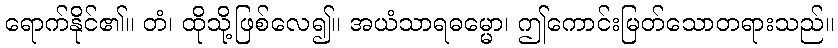
ရောက်နိုင်၏။ တံ၊ ထိုသို့ဖြစ်လေ၍။ အယံသာရဓမ္မော၊ ဤကောင်းမြတ်သောတရားသည်။